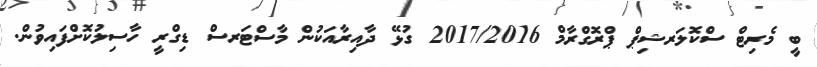
ބީ މެރިޓް ސްކޮލަރޝިޕް ޕްރޮގްރާމް 2017/2016 ގުޅޭ ދާއިރާއަކުން މާސްޓަރސް ޑިގްރީ ހާސިލުކޮށްފައިވުން.